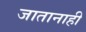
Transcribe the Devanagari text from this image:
जातानाही